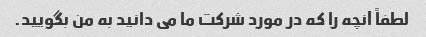
لطفاً آنچه را که در مورد شرکت ما می دانید به من بگویید.